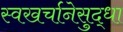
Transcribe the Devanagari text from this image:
स्वखर्चानेसुद्धा